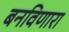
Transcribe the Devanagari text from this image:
बनविणारा